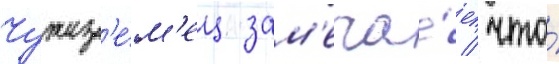
Чужез'е́м'ец зам'еча́ет / что́